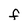
Character: F